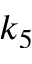
k _ { 5 }